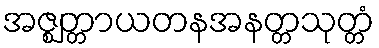
အဇ္ဈတ္တာယတနအနတ္တသုတ္တံ